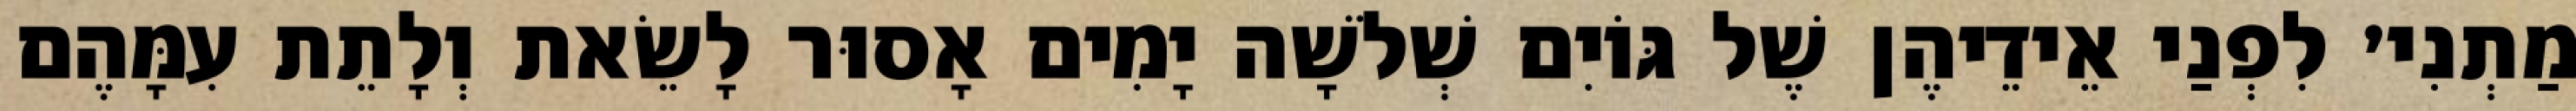
מַתְנִי׳ לִפְנַי אֵידֵיהֶן שֶׁל גּוֹיִם שְׁלֹשָׁה יָמִים אָסוּר לָשֵׂאת וְלָתֵת עִמָּהֶם